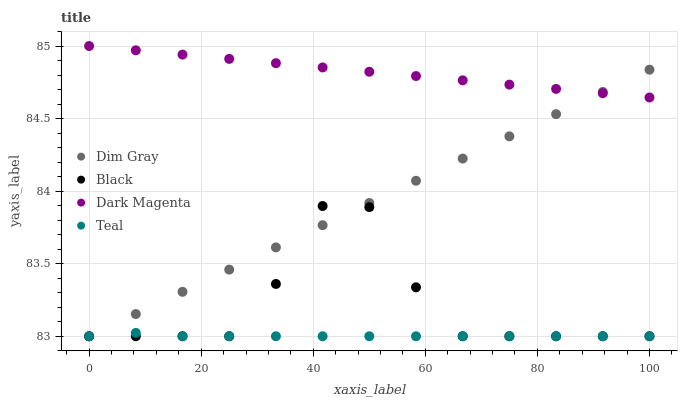
| xaxis_label | Dim Gray | Black | Dark Magenta | Teal |
 | --- | --- | --- | --- | --- |
 | 0 | 83 | 83 | 85 | 83 |
 | 8.33 | 83.2 | 83 | 85 | 83 |
 | 16.7 | 83.3 | 83 | 84.9 | 83 |
 | 25 | 83.5 | 83 | 84.9 | 83 |
 | 33.3 | 83.6 | 83.4 | 84.9 | 83 |
 | 41.7 | 83.8 | 83.9 | 84.9 | 83 |
 | 50 | 83.9 | 83.9 | 84.8 | 83 |
 | 58.3 | 84.1 | 83.3 | 84.8 | 83 |
 | 66.7 | 84.2 | 83 | 84.8 | 83 |
 | 75 | 84.4 | 83 | 84.7 | 83 |
 | 83.3 | 84.5 | 83 | 84.7 | 83 |
 | 91.7 | 84.7 | 83 | 84.7 | 83 |
 | 100 | 84.8 | 83 | 84.6 | 83 |